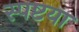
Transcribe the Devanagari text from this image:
स्पष्टया